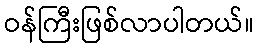
ဝန်ကြီးဖြစ်လာပါတယ်။